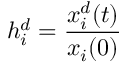
h _ { i } ^ { d } = \frac { x _ { i } ^ { d } ( t ) } { x _ { i } ( 0 ) }